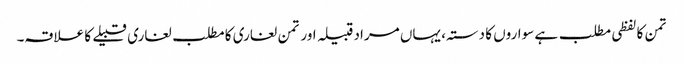
تمن کا لفظی مطلب ہے سواروں کا دستہ، یہاں مراد قبیلہ اور تمن لغاری کا مطلب لغاری قبیلے کا علاقہ۔